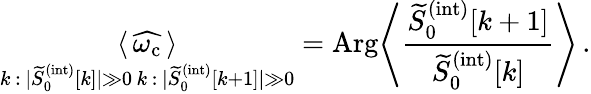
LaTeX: \underset{\substack{k\, :\, |\widetilde{S}_{0}^{(\mathrm{int})}[k]|\gg 0\, k\, :\, |\widetilde{S}_{0}^{(\mathrm{int})}[k+1]|\gg 0}}{\langle\, \widehat{\omega_{\mathrm{c}}}\, \rangle}=\mathrm{Arg}\Bigg\langle\frac{\widetilde{S}_{0}^{(\mathrm{int})}[k+1]}{\widetilde{S}_{0}^{(\mathrm{int})}[k]}\Bigg\rangle\, .